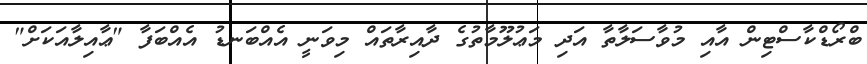
ބްރޯޑްކާސްޓިން އާއި މުވާސަލާތާ އަދި މަޢުލޫމާތުގެ ދާއިރާތައް މިވަނީ އެއްބަނޑު އެއްބަފާ "ޢާއިލާއަކަށް"